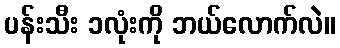
ပန်းသီး ၁လုံးကို ဘယ်လောက်လဲ။